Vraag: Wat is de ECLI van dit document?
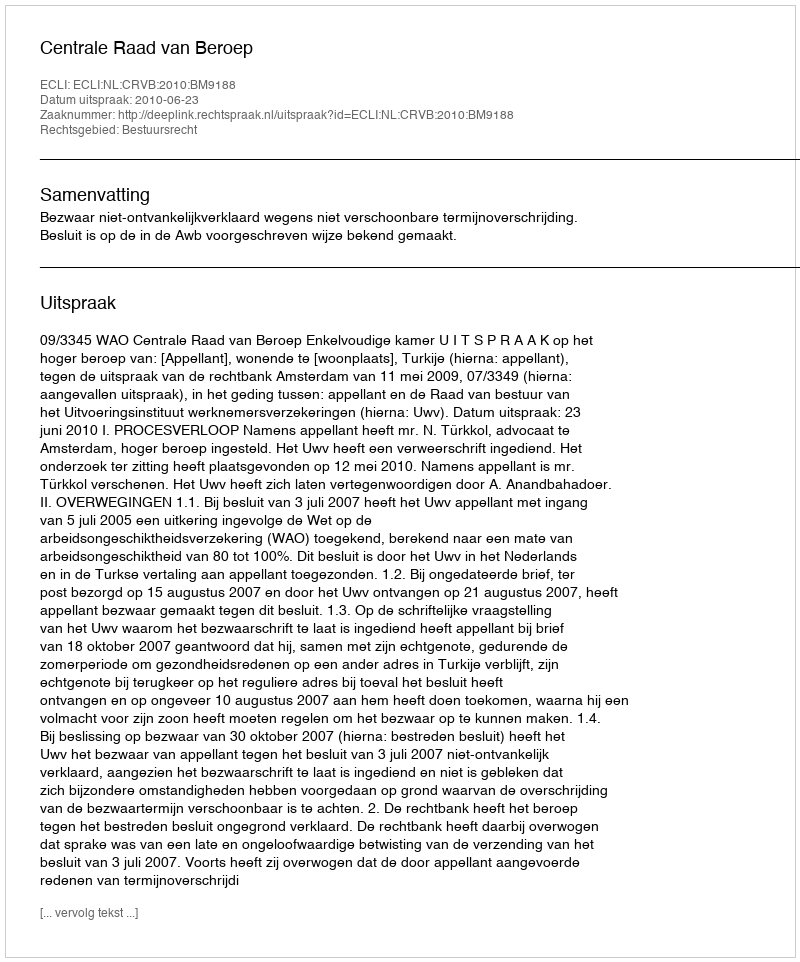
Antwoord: ECLI:NL:CRVB:2010:BM9188